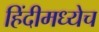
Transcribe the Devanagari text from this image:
हिंदीमध्येच